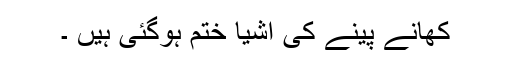
کھانے پینے کی اشیا ختم ہوگئی ہیں ۔